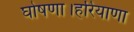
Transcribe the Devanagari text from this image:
घोषणा।हरियाणा